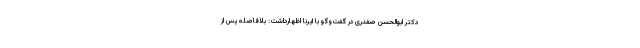
دکتر ابوالحسن صفدری در گفت‌وگو با ایرنا اظهارداشت: بلافاصله پس از